Civil Veterinary Dept. Bombay admin report 1900-1906 - 1900-1906
Year: 1900
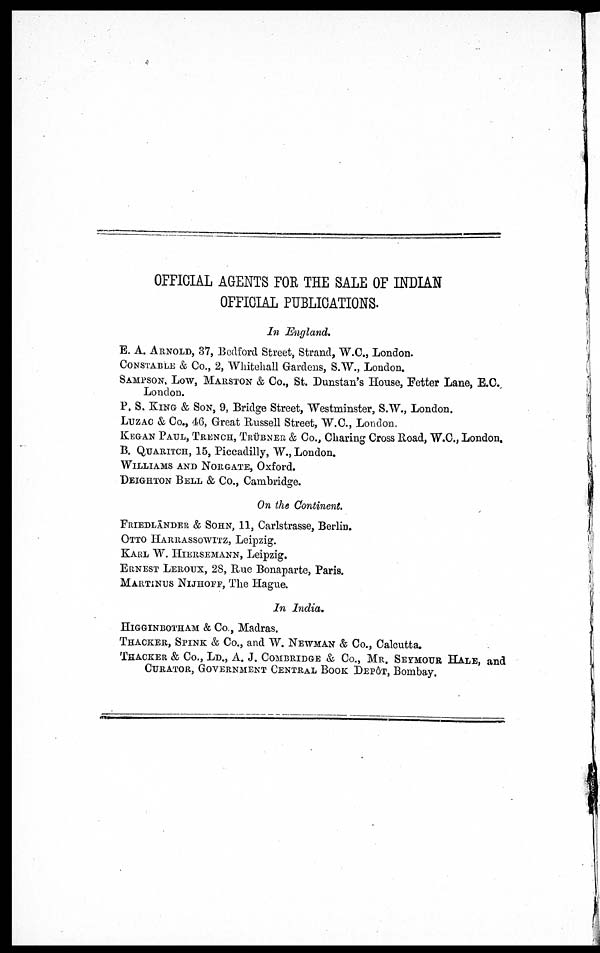
OFFICIAL AGENTS FOR THE SALE OF INDIAN
OFFICIAL PUBLICATIONS.
In England.
E. A. ARNOLD, 37, Bedford Street, Strand, W.C., London.
CONSTABLE & Co., 2, Whitehall Gardens, S.W., London.
SAMPSON, LOW, MARSTON & Co., St. Dunstan's House, Fetter Lane, E.C.
London.
P. S. KING & SON, 9, Bridge Street, Westminster, S.W., London.
LUZAC & Co., 46, Great Russell Street, W.C., London.
KEGAN PAUL, TRENCH, TRÜBNER & Co., Charing Cross Road, W.C., London,
B. QUARITCH, 15, Piccadilly, W., London.
WILLIAMS AND NORGATE, Oxford.
DEIGHTON BELL & Co., Cambridge.
On the Continent.
FRIENDLÄNDER & SOHN, 11, Carlstrasse, Berlin.
OTTO HARRASSOWITZ, Leipzig.
KARL W. HIERSEMANN, Leipzig.
ERNEST LEROUX, 28, Hue Bonaparte, Paris.
MARTINUS NIJHOFF, The Hague.
In India.
HIGGINBOTHAM & Co., Madras.
THACKER, SPINK & Co., and W. NEWMANN & Co., Calcutta.
THACKER & Co., LD., A. J. COMBRIDGE & Co., MR. SEYMOUR HALE, and
CURATOR, GOVERNMENT CENTRAL BOOK DEPÔT, Bombay.